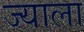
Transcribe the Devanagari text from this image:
ज्‍याला